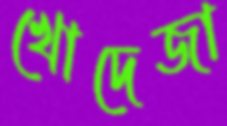
খোদেজা